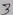
Text: 3